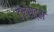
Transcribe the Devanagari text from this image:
टेलस्ट्रा